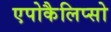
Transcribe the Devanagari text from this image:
एपोकैलिप्सो